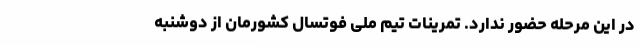
در این مرحله حضور ندارد. تمرینات تیم ملی فوتسال کشورمان از دوشنبه